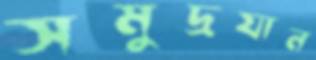
সমুদ্রযান